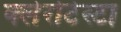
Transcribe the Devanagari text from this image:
क्लेरोटेस्टा